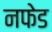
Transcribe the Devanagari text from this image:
नफेड